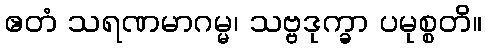
ဧတံ သရဏမာဂမ္မ၊ သဗ္ဗဒုက္ခာ ပမုစ္စတိ။